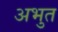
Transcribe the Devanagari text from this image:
अभुत